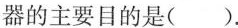
器的主要目的是（）.